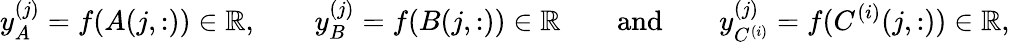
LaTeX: y_{A}^{(j)}=f(A(j,:))\in\mathbb{R},\qquad y_{B}^{(j)}=f(B(j,:))\in\mathbb{R}\qquad\mathrm{and}\qquad y_{C^{(i)}}^{(j)}=f({C^{(i)}}(j,:))\in\mathbb{R},